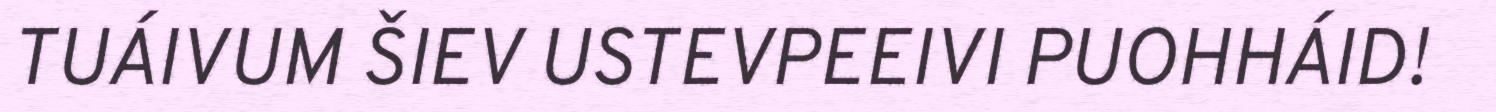
TUÁIVUM ŠIEV USTEVPEEIVI PUOHHÁID!